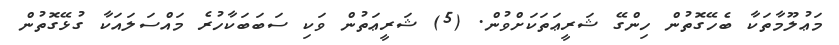
މަޢުލޫމާތަކާާ ބެހޭގޮތުން ހިންގޭ ޝަރީޢަތަކަށްވުން. (5) ޝަރީޢަތުން ވަކި ސަބަބަކާހުރެ މައްސަލައަކާ ގުޅޭގޮތުން